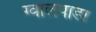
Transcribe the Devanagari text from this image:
ग्वालपाडा